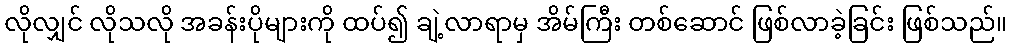
လိုလျှင် လိုသလို အခန်းပိုများကို ထပ်၍ ချဲ့လာရာမှ အိမ်ကြီး တစ်ဆောင် ဖြစ်လာခဲ့ခြင်း ဖြစ်သည်။